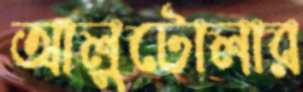
আলুটোলার